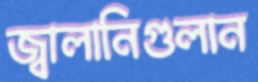
জ্বালানিগুলান